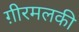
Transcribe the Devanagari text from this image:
ग़ीरमलकी